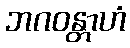
ဘဂဝန္တာဟံ